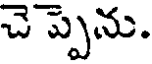
చె ప్పెను.